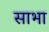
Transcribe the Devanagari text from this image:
साभा